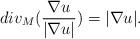
LaTeX: \begin{align*}div_M (\frac{\nabla u}{|\nabla u|})=|\nabla u|.\end{align*}